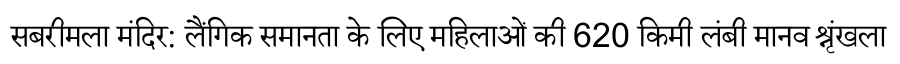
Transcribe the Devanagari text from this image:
सबरीमला मंदिर: लैंगिक समानता के लिए महिलाओं की 620 किमी लंबी मानव श्रृंखला